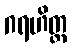
ဂရဟိတ္ထ